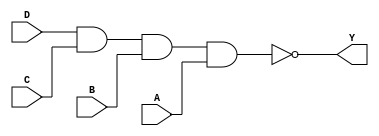
module sky130_fd_sc_ms__nand4 (
    Y,
    A,
    B,
    C,
    D
);

    // Module ports
    output Y;
    input  A;
    input  B;
    input  C;
    input  D;

    // Local signals
    wire nand0_out_Y;

    //   Name   Output       Other arguments
    nand nand0 (nand0_out_Y, D, C, B, A     );
    buf  buf0  (Y          , nand0_out_Y    );

endmodule